Revision of Machinery of Youth Service Scheme, 1942
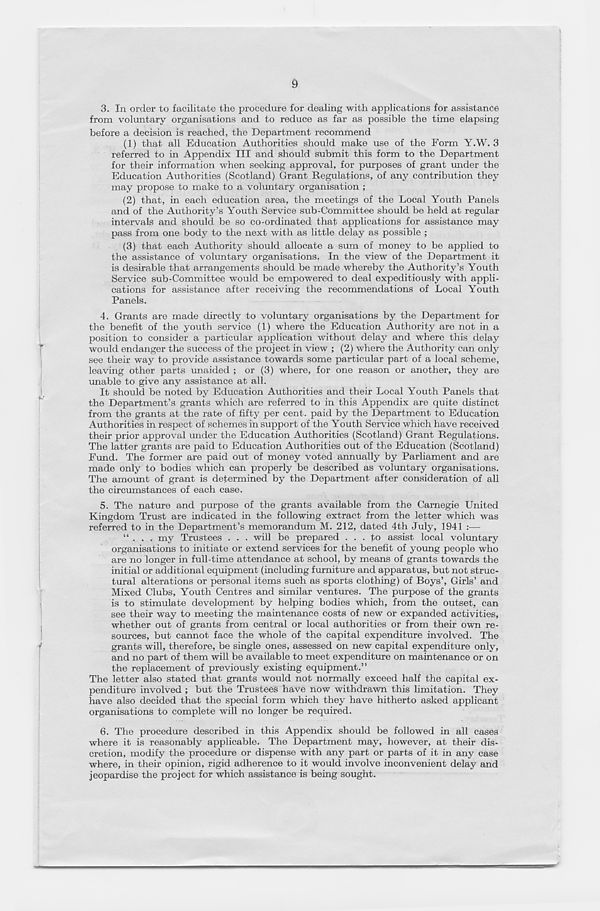
9
3. In order to facilitate the procedure for dealing with applications for assistance
from voluntary organisations and to reduce as far as possible the time elapsing
before a decision is reached, the Department recommend
(1) that all Education Authorities should make use of the Form Y.W. 3
referred to in Appendix III and should submit this form to the Department
for their information when seeking approval, for purposes of grant under the
Education Authorities (Scotland) Grant Regulations, of any contribution they
may propose to make to a voluntary organisation ;
(2) that, in each education area, the meetings of the Local Youth Panels
and of the Authority’s Youth Service sub-Committee should be held at regular
intervals and should be so co-ordinated that applications for assistance may
pass from one body to the next with as little delay as possible ;
(3) that each Authority should allocate a sum of money to be applied to
the assistance of voluntary organisations. In the view of the Department it
is desirable that arrangements should be made whereby the Authority’s Youth
Service sub-Committee would be empowered to deal expeditiously with appli-
cations for assistance after receiving the recommendations of Local Youth
Panels.
4. Grants are made directly to voluntary organisations by the Department for
the benefit of the youth service (1) where the Education Authority are not in a
position to consider a particular application without delay and where this delay
would endanger the success of the project in view ; (2) where the Authority can only
see their way to provide assistance towards some particular part of a local scheme,
leaving other parts unaided ; or (3) where, for one reason or another, they are
unable to give any assistance at all.
It should be noted by Education Authorities and their Local Youth Panels that
the Department’s grants which are referred to in this Appendix are quite distinct
from the grants at the rate of fifty per cent, paid by the Department to Education
Authorities in respect of schemes in support of the Youth Service which have received
their prior approval under the Education Authorities (Scotland) Grant Regulations.
The latter grants are paid to Education Authorities out of the Education (Scotland)
Fund. The former are paid out of money voted annually by Parliament and are
made only to bodies which can properly be described as voluntary organisations.
The amount of grant is determined by the Department after consideration of all
the circumstances of each case.
5. The nature and purpose of the grants available from the Carnegie United
Kingdom Trust are indicated in the following extract from the letter which was
referred to in the Department’s memorandum M. 212, dated 4th July, 1941 :—
“ . . . my Trustees . . . will be prepared ... to assist local voluntary
organisations to initiate or extend services for the benefit of young people who
are no longer in full-time attendance at school, by means of grants towards the
initial or additional equipment (including furniture and apparatus, but not struc-
tural alterations or personal items such as sports clothing) of Boys’, Girls’ and
Mixed Clubs, Youth Centres and similar ventures. The purpose of the grants
is to stimulate development by helping bodies which, from the outset, can
see their way to meeting the maintenance costs of new or expanded activities,
whether out of grants from central or local authorities or from their own re-
sources, but cannot face the whole of the capital expenditure involved. The
'
grants will, therefore, be single ones, assessed on new capital expenditure only,
and no part of them will be available to meet expenditure on maintenance or on
the replacement of previously existing equipment.”
The letter also stated that grants would not normally exceed half the capital ex-
penditure involved ; but the Trustees have now withdrawn this limitation. They
have also decided that the special form which they have hitherto asked applicant
organisations to complete will no longer be required.
6. The procedure described in this Appendix should be followed in all cases
where it is reasonably applicable. The Department may, however, at their dis-
cretion, modify the procedure or dispense with any part or parts of it in any case
where, in their opinion, rigid adherence to it would involve inconvenient delay and
jeopardise the project for which assistance is being sought.